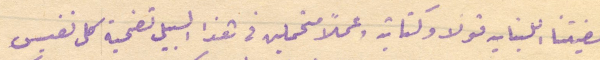
قضيتنا اللبنانيه قولا وكتابة وعملًا متحملين في هذا السبيل تضحية كل نفيس